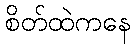
စိတ်ထဲကနေ